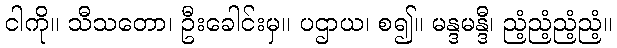
ငါကို။ သီသတော၊ ဦးခေါင်းမှ။ ပဌာယ၊ စ၍။ မန္ဒမန္ဒီ၊ ညံ့ညံ့ညံ့ညံ့။